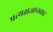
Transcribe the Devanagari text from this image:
प्रत्यक्षज्ञानवाद